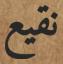
نقيع